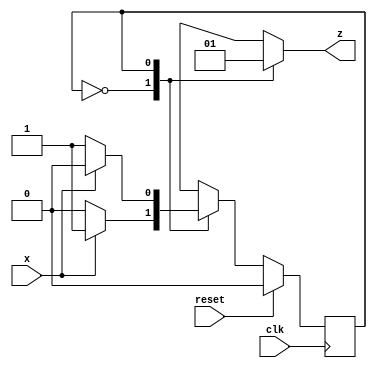
// for even no of 1's , output = 0 ;
// for odd no of 1's , output = 1 ;
// zero is even , reset is zero


module parity_checker1(
		input x, clk,reset,
		output reg z
    );
	 
	 parameter EVEN = 0, ODD = 1;    // state name
	 
	 reg state, next_state ;
	 
	 // clock control
	 always @(posedge clk)begin
				if(reset)
						state <= EVEN ;
				else 
						state <= next_state ;
	 end
	 
	 // state transition logic
	 // combinational always block
	 
	 always @(*)begin
			z = 1'b0 ;                                  // output
			case(state)
					EVEN: next_state = x ? ODD : EVEN ;
					ODD: begin
							next_state = x ? EVEN : ODD ;
							z = 1'b1 ;
						  end
			endcase
	 end
	 

endmodule